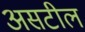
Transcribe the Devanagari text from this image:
असटील